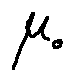
\mu _ { o }